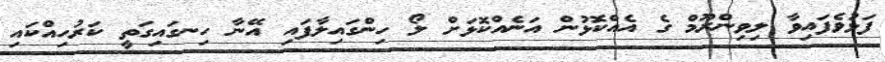
ފަޅުވެފައިވާ ލިވިންރޫމް ގެ އެއްކޮޅުން އަނެއްކޮޅަށް ލޯ ހިންގައިލާފައި އޭނާ ހިނގައިގަތީ ކަރުހިއްކައި